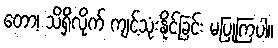
တော့၊ သိရှိလိုက် ကျင့်သုံးနိုင်ခြင်း မပြုကြပါ။